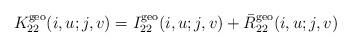
LaTeX: \begin{align*}K^{\rm geo}_{22}(i, u;j,v) = I^{\rm geo}_{22}(i, u;j,v)+ \bar{R}^{\rm geo}_{22}(i, u;j,v)\end{align*}